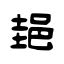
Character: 郌